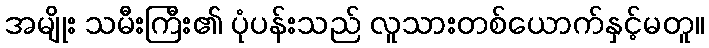
အမျိုး သမီးကြီး၏ ပုံပန်းသည် လူသားတစ်ယောက်နှင့်မတူ။